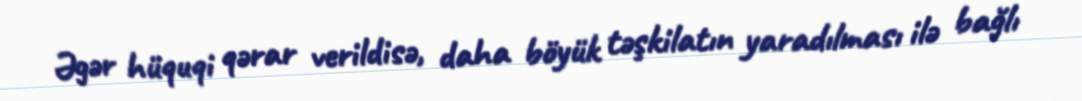
Əgər hüquqi qərar verildisə, daha böyük təşkilatın yaradılması ilə bağlı